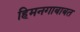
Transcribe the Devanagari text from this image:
हिमनगाबाबत